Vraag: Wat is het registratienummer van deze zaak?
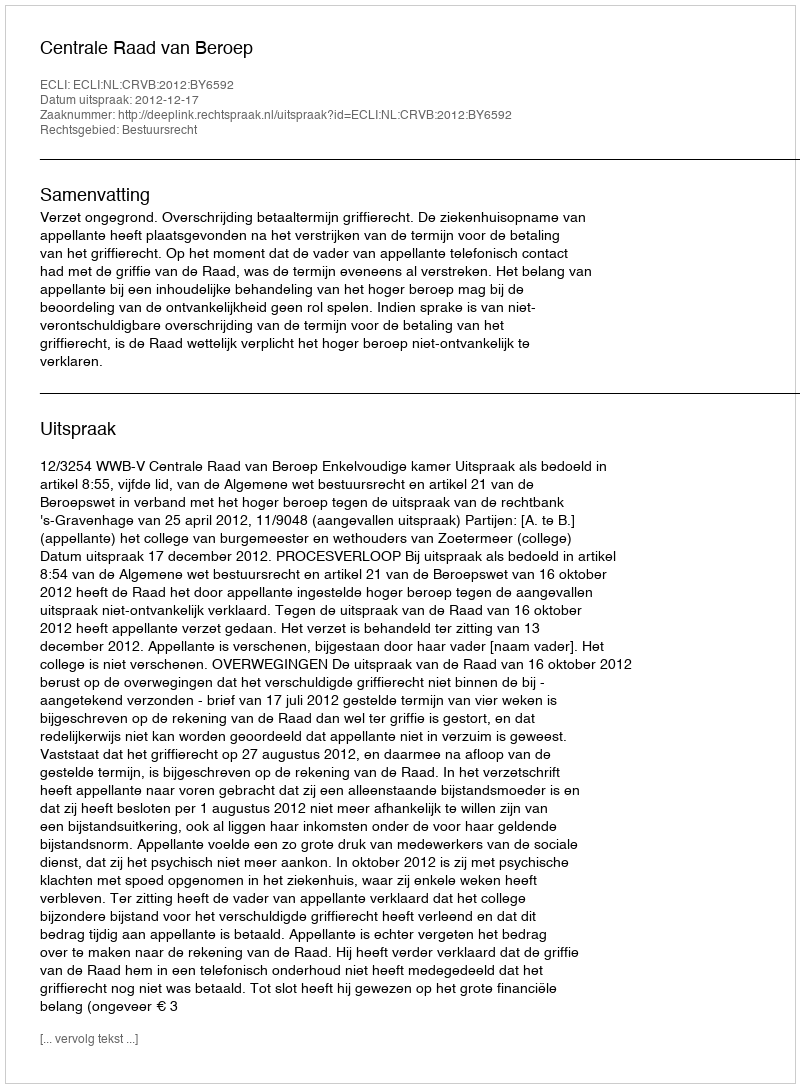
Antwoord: http://deeplink.rechtspraak.nl/uitspraak?id=ECLI:NL:CRVB:2012:BY6592